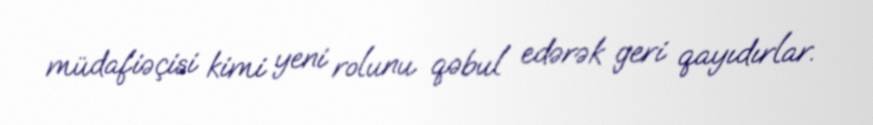
müdafiəçisi kimi yeni rolunu qəbul edərək geri qayıdırlar.